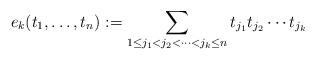
LaTeX: \begin{align*} e_k(t_1,\ldots,t_n) := \sum_{1 \le j_1 < j_2<\cdots <j_k \le n} t_{j_1}t_{j_2}\cdots t_{j_k}\end{align*}